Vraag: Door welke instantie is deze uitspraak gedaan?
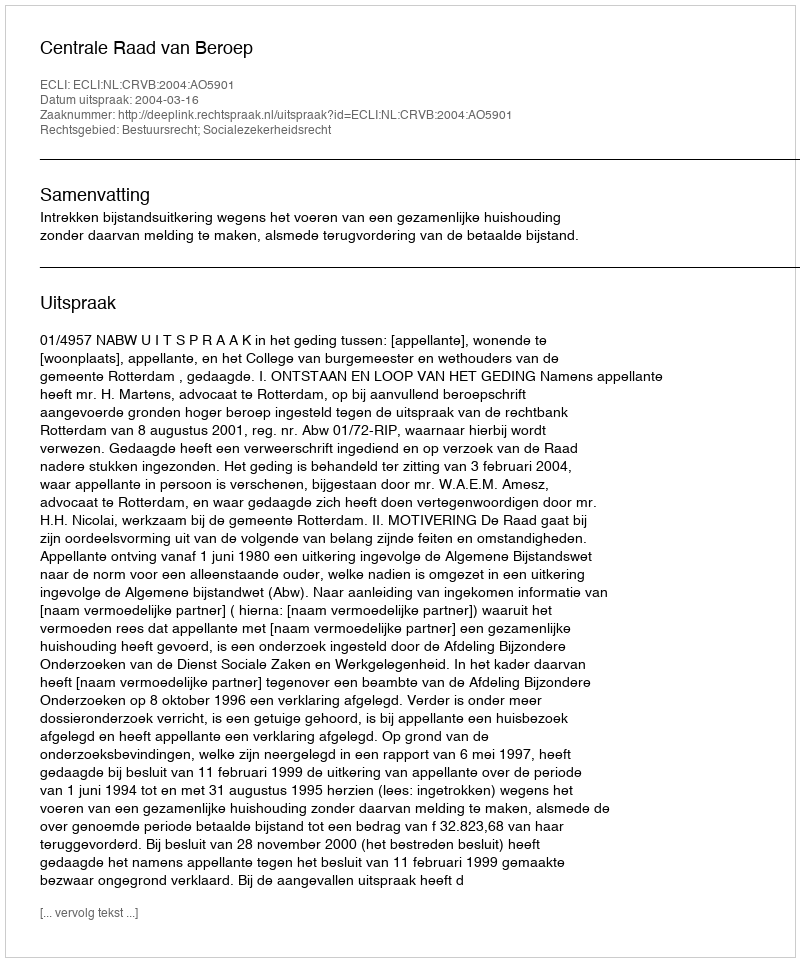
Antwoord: Centrale Raad van Beroep